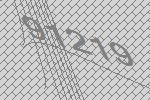
91219